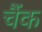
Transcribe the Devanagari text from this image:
चैंक